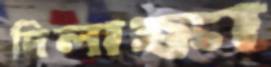
দিলাঙ্কা